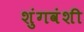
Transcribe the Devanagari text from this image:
शुंगवंशी